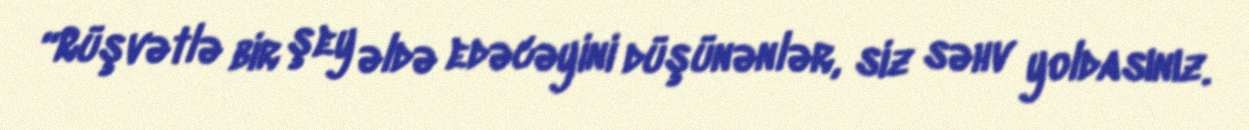
“Rüşvətlə bir şey əldə edəcəyini düşünənlər, siz səhv yoldasınız.